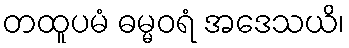
တထူပမံ ဓမ္မဝရံ အဒေသယိ၊